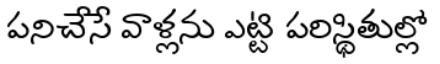
పనిచేసే వాళ్లను ఎట్టి పరిస్థితుల్లో